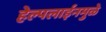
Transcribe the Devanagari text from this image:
हेल्पलाईनमुळे